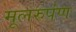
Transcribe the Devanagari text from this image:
मूलरुपंण